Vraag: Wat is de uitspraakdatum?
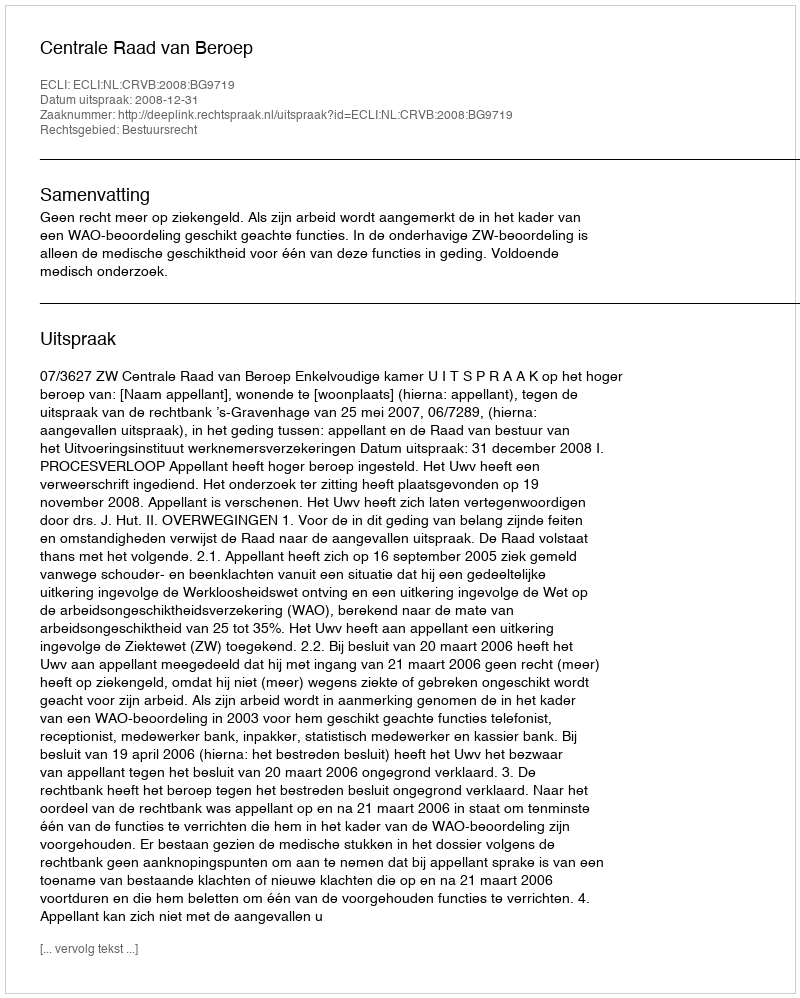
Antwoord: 2008-12-31